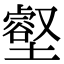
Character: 壑